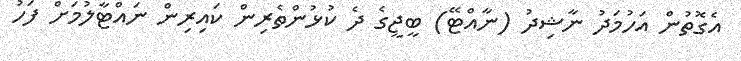
އެގޮތުން އަހުމަދު ނާޝިދު (ނާއްޓޭ) ބީޖީގެ ދެ ކުޅުންތެރިން ކައިރިން ނައްޓާލުމަށް ފަހު